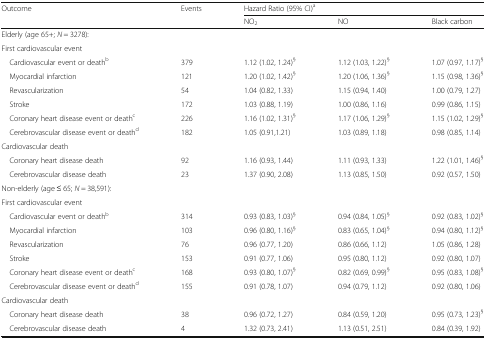
<table><thead><tr><td rowspan="2"><b>Outcome</b></td><td rowspan="2"><b>Events</b></td><td colspan="3"><b>Hazard Ratio (95% CI)<sup>a</sup></b></td></tr><tr><td><b>NO<sub>2</sub></b></td><td><b>NO</b></td><td><b>Black carbon</b></td></tr></thead><tbody><tr><td colspan="5">Elderly (age 65+; <i>N</i> = 3278):</td></tr><tr><td colspan="5">First cardiovascular event</td></tr><tr><td> Cardiovascular event or death<sup>b</sup></td><td>379</td><td>1.12 (1.02, 1.24)<sup>§</sup></td><td>1.12 (1.03, 1.22)<sup>§</sup></td><td>1.07 (0.97, 1.17)<sup>§</sup></td></tr><tr><td> Myocardial infarction</td><td>121</td><td>1.20 (1.02, 1.42)<sup>§</sup></td><td>1.20 (1.06, 1.36)<sup>§</sup></td><td>1.15 (0.98, 1.36)<sup>§</sup></td></tr><tr><td> Revascularization</td><td>54</td><td>1.04 (0.82, 1.33)</td><td>1.15 (0.94, 1.40)</td><td>1.00 (0.79, 1.27)</td></tr><tr><td> Stroke</td><td>172</td><td>1.03 (0.88, 1.19)</td><td>1.00 (0.86, 1.16)</td><td>0.99 (0.86, 1.15)</td></tr><tr><td> Coronary heart disease event or death<sup>c</sup></td><td>226</td><td>1.16 (1.02, 1.31)<sup>§</sup></td><td>1.17 (1.06, 1.29)<sup>§</sup></td><td>1.15 (1.02, 1.29)<sup>§</sup></td></tr><tr><td> Cerebrovascular disease event or death<sup>d</sup></td><td>182</td><td>1.05 (0.91,1.21)</td><td>1.03 (0.89, 1.18)</td><td>0.98 (0.85, 1.14)</td></tr><tr><td colspan="5">Cardiovascular death</td></tr><tr><td> Coronary heart disease death</td><td>92</td><td>1.16 (0.93, 1.44)</td><td>1.11 (0.93, 1.33)</td><td>1.22 (1.01, 1.46)<sup>§</sup></td></tr><tr><td> Cerebrovascular disease death</td><td>23</td><td>1.37 (0.90, 2.08)</td><td>1.13 (0.85, 1.50)</td><td>0.92 (0.57, 1.50)</td></tr><tr><td colspan="5">Non-elderly (age ≤ 65; <i>N</i> = 38,591):</td></tr><tr><td colspan="5">First cardiovascular event</td></tr><tr><td> Cardiovascular event or death<sup>b</sup></td><td>314</td><td>0.93 (0.83, 1.03)<sup>§</sup></td><td>0.94 (0.84, 1.05)<sup>§</sup></td><td>0.92 (0.83, 1.02)<sup>§</sup></td></tr><tr><td> Myocardial infarction</td><td>103</td><td>0.96 (0.80, 1.16)<sup>§</sup></td><td>0.83 (0.65, 1.04)<sup>§</sup></td><td>0.94 (0.80, 1.12)<sup>§</sup></td></tr><tr><td> Revascularization</td><td>76</td><td>0.96 (0.77, 1.20)</td><td>0.86 (0.66, 1.12)</td><td>1.05 (0.86, 1.28)</td></tr><tr><td> Stroke</td><td>153</td><td>0.91 (0.77, 1.06)</td><td>0.95 (0.80, 1.12)</td><td>0.92 (0.80, 1.07)</td></tr><tr><td> Coronary heart disease event or death<sup>c</sup></td><td>168</td><td>0.93 (0.80, 1.07)<sup>§</sup></td><td>0.82 (0.69, 0.99)<sup>§</sup></td><td>0.95 (0.83, 1.08)<sup>§</sup></td></tr><tr><td> Cerebrovascular disease event or death<sup>d</sup></td><td>155</td><td>0.91 (0.78, 1.07)</td><td>0.94 (0.79, 1.12)</td><td>0.92 (0.80, 1.06)</td></tr><tr><td colspan="5">Cardiovascular death</td></tr><tr><td> Coronary heart disease death</td><td>38</td><td>0.96 (0.72, 1.27)</td><td>0.84 (0.59, 1.20)</td><td>0.95 (0.73, 1.23)<sup>§</sup></td></tr><tr><td> Cerebrovascular disease death</td><td>4</td><td>1.32 (0.73, 2.41)</td><td>1.13 (0.51, 2.51)</td><td>0.84 (0.39, 1.92)</td></tr></tbody></table>